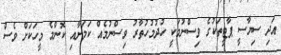
އަދި ސިޔާސީ ޕާޓީތަކުގެ ވިސްނުމަކީ ހުދުމުހުތާރު ވިސްނުމެއް ކަމަށާއި ކޮންމެ މީހަކަށް ވެސް